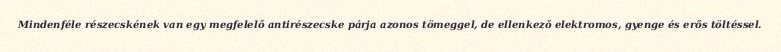
Mindenféle részecskének van egy megfelelő antirészecske párja azonos tömeggel, de ellenkező elektromos, gyenge és erős töltéssel.